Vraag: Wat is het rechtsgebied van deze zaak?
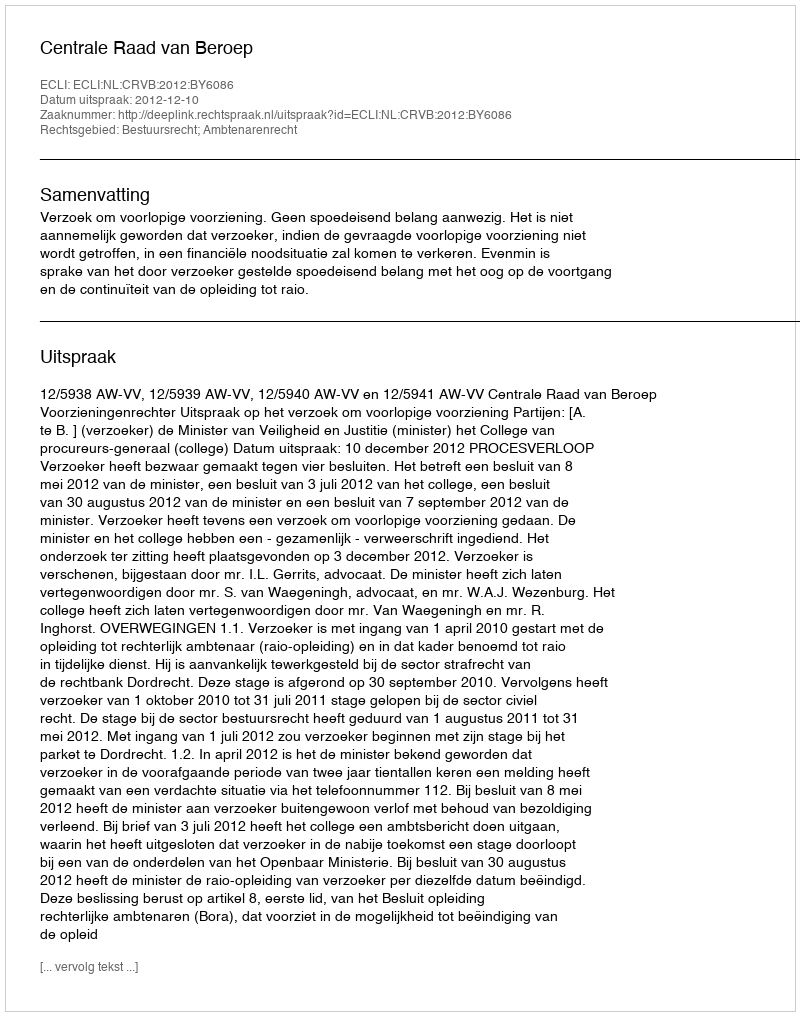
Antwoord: Bestuursrecht; Ambtenarenrecht